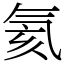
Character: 氦